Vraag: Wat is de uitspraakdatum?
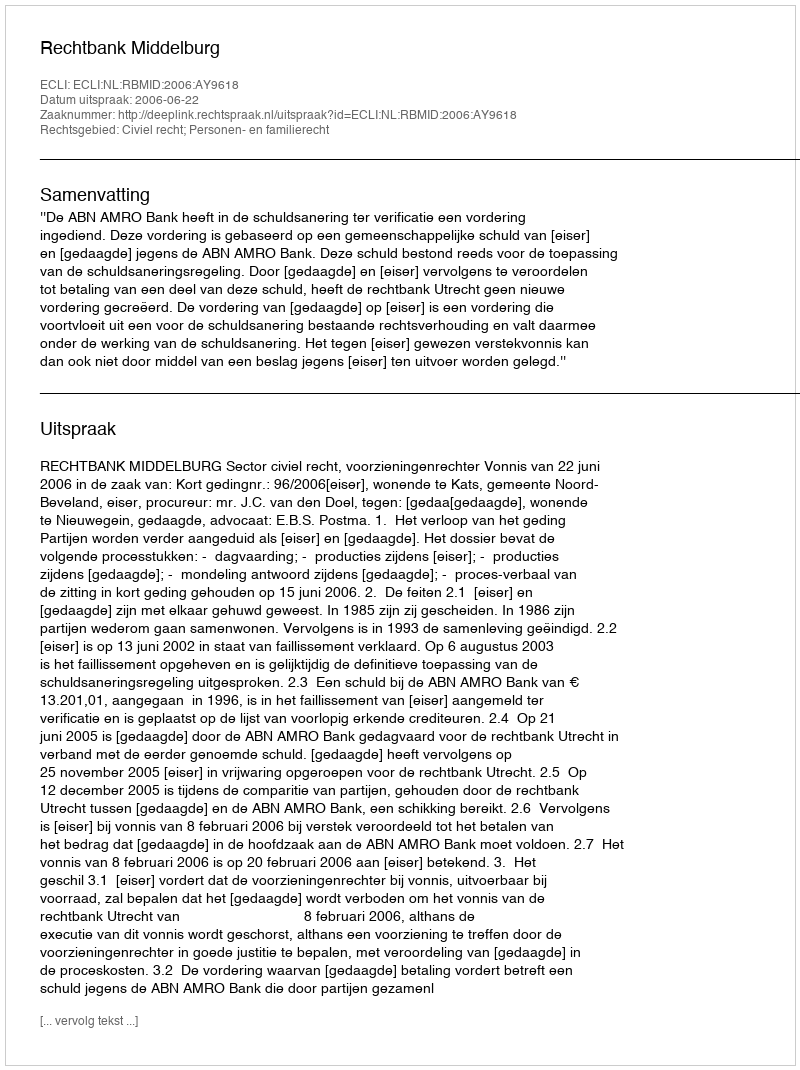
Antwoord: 2006-06-22